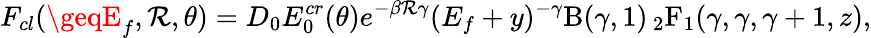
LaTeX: F_{cl}(\geqE_{f},\mathcal{R},\theta)=D_{0}E_{0}^{cr}(\theta)e^{-\beta\mathcal{R}\gamma}(E_{f}+y)^{-\gamma}\mathrm{{B}}(\gamma,1)\, {_2\mathrm{{F}}_{1}}(\gamma,\gamma,\gamma+1,z),